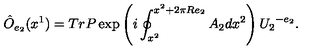
\hat { O } _ { e _ { 2 } } ( x ^ { 1 } ) = T r P \exp \left( i \oint _ { x ^ { 2 } } ^ { x ^ { 2 } + 2 \pi R e _ { 2 } } A _ { 2 } d x ^ { 2 } \right) { U _ { 2 } } ^ { - e _ { 2 } } .